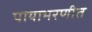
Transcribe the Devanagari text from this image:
पायाभरणीत